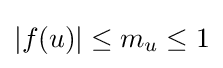
|f(u)|\leq m_{u}\leq 1